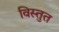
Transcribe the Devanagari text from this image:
विस्तुत